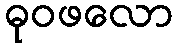
ဓုဝဖလော